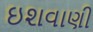
ઇશવાણી